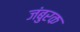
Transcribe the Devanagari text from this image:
जंबुरक